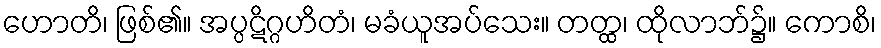
ဟောတိ၊ ဖြစ်၏။ အပ္ပဋိဂ္ဂဟိတံ၊ မခံယူအပ်သေး။ တတ္ထ၊ ထိုလာဘ်၌။ ကောစိ၊